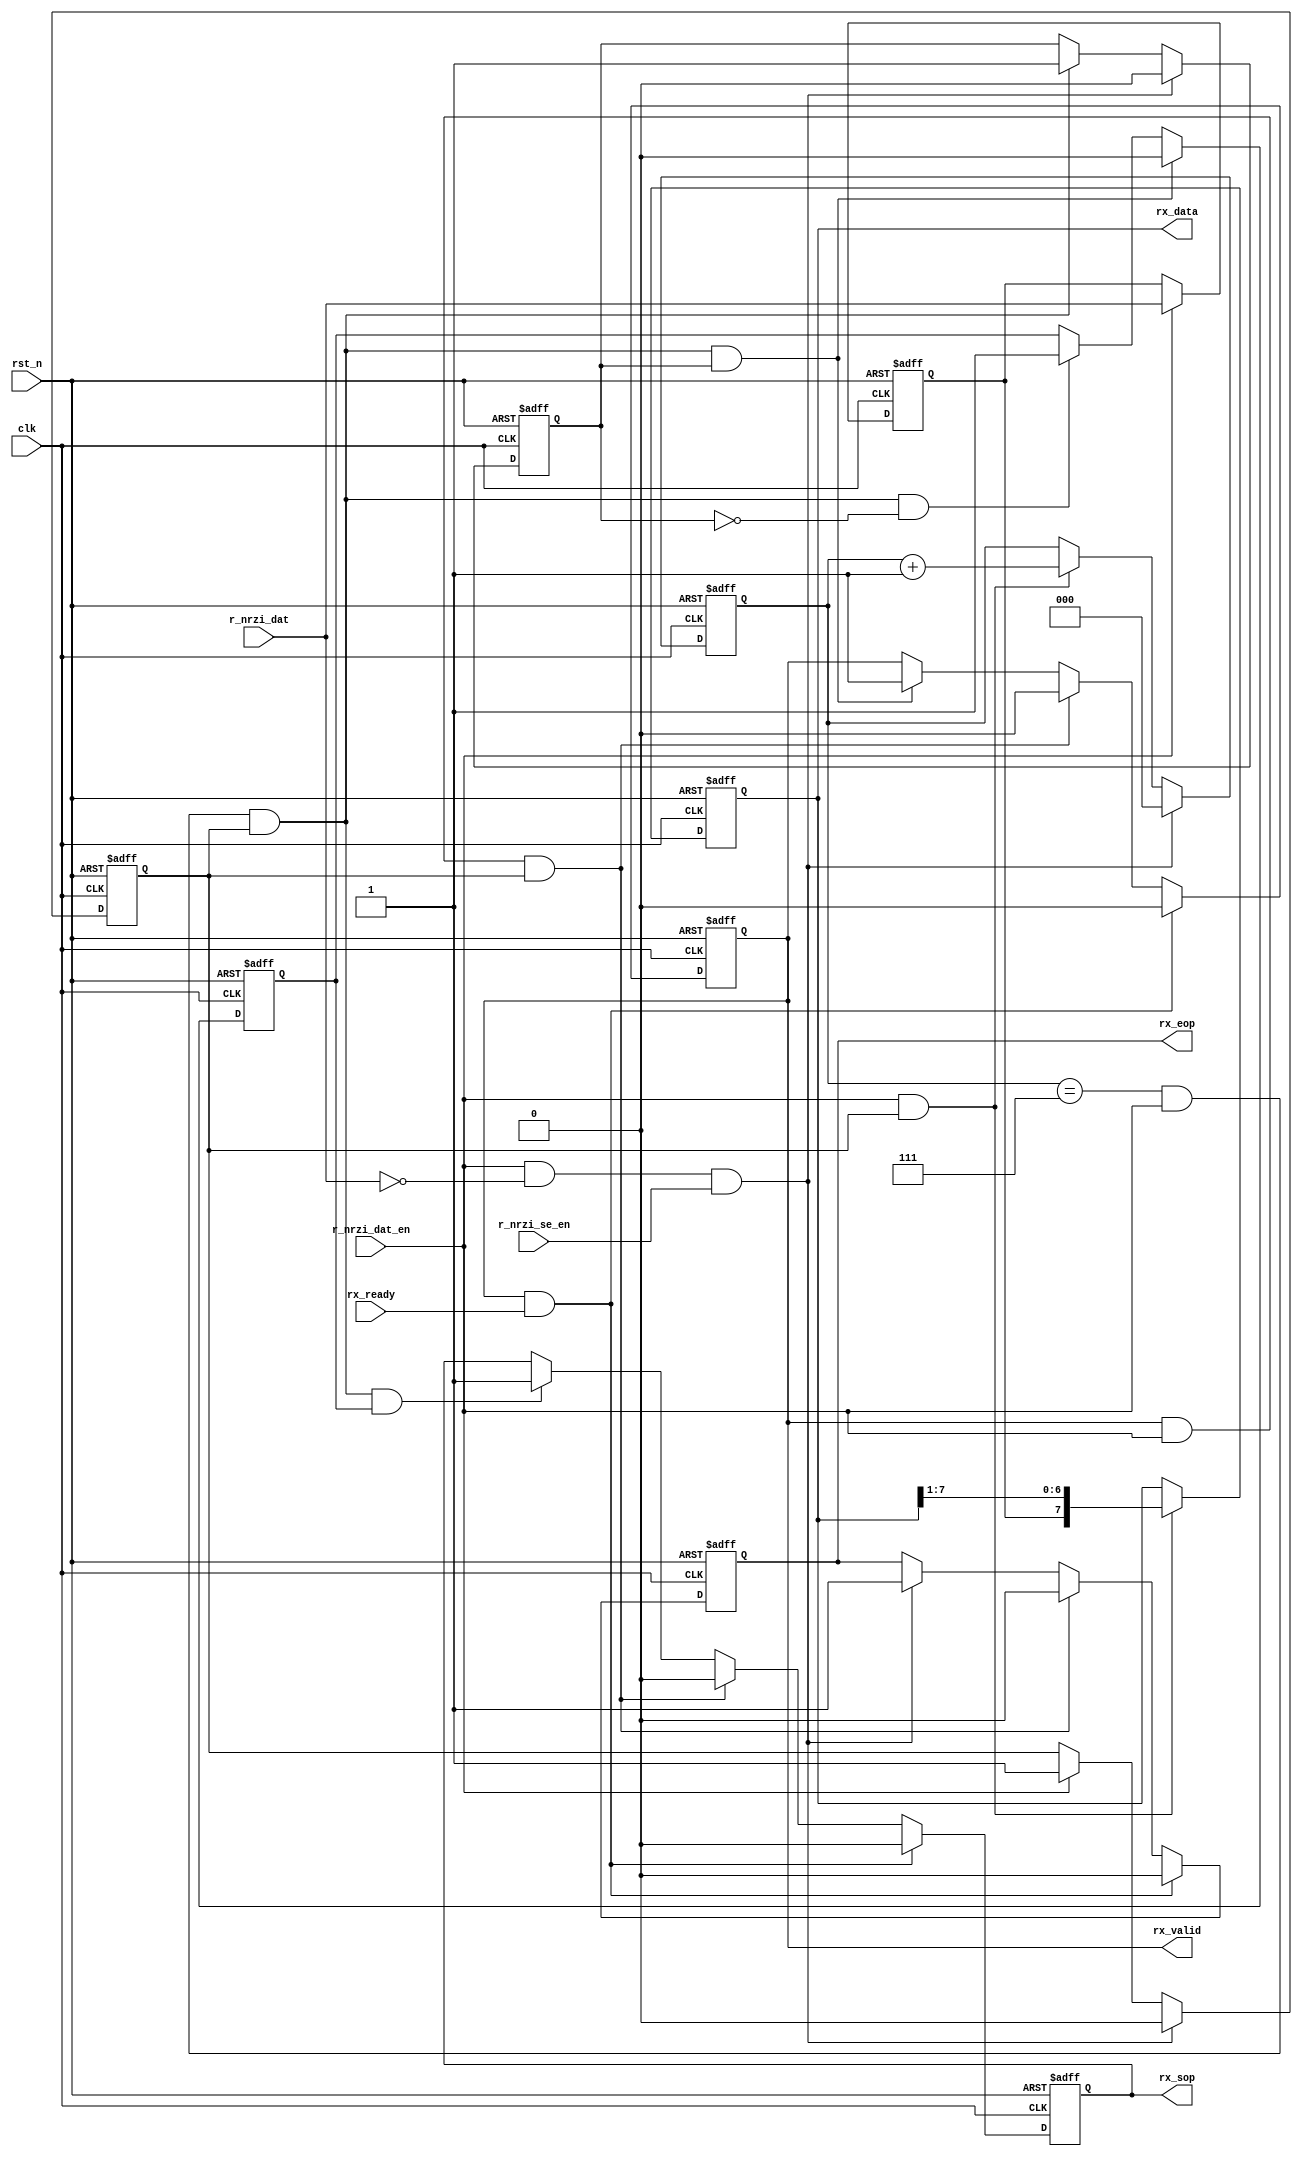
module phy_rx_s2p(
    input            clk          ,
    input            rst_n        ,

    input            r_nrzi_dat   ,
    input            r_nrzi_dat_en,
    input            r_nrzi_se_en ,

    output reg       rx_sop       ,
    output reg       rx_eop       ,
    output reg       rx_valid     ,
    input            rx_ready     ,
    output     [7:0] rx_data      
);

reg bit_buf_flag;
reg bit_buf     ;

reg [7:0] data_buf;
reg [2:0] bit_cnt ;

wire se0_flag ;
reg  sync_done;
reg  sop_flag ;

assign se0_flag = r_nrzi_dat_en && ~r_nrzi_dat && r_nrzi_se_en;

always@(posedge clk or negedge rst_n) begin
if(!rst_n)
    bit_buf <= 1'b0;
else if(r_nrzi_dat_en)    
    bit_buf <= r_nrzi_dat;
end

always@(posedge clk or negedge rst_n) begin
if(!rst_n)
    bit_buf_flag <= 1'b0;
else if(se0_flag)
    bit_buf_flag <= 1'b0;
else if(r_nrzi_dat_en)
    bit_buf_flag <= 1'b1;
end

always@(posedge clk or negedge rst_n) begin
if(!rst_n)
    data_buf <= 8'd0;
else if(r_nrzi_dat_en && bit_buf_flag)
    data_buf <= {bit_buf, data_buf[7:1]};
end

assign rx_data = data_buf;

always@(posedge clk or negedge rst_n) begin
if(!rst_n)
    bit_cnt <= 3'd0;
else if(se0_flag) //handle unexpected situation
    bit_cnt <= 3'd0;
else if(r_nrzi_dat_en && bit_buf_flag) 
    bit_cnt <= bit_cnt + 1'b1;
end

always@(posedge clk or negedge rst_n) begin
if(!rst_n)
    sync_done <= 1'b0;
else if(se0_flag)
    sync_done <= 1'b0;
else if(bit_cnt==3'd7 && r_nrzi_dat_en && bit_buf_flag)   
    sync_done <= 1'b1;
end

always@(posedge clk or negedge rst_n) begin
if(!rst_n)
    rx_valid <= 1'b0;
else if(rx_valid && rx_ready)
    rx_valid <= 1'b0;
else if(rx_valid && r_nrzi_dat_en && bit_buf_flag)
    rx_valid <= 1'b0;
else if(bit_cnt==3'd7 && r_nrzi_dat_en && bit_buf_flag && sync_done)  
    rx_valid <= 1'b1;
end

always@(posedge clk or negedge rst_n) begin
if(!rst_n)
    sop_flag <= 1'b0;
else if(bit_cnt==3'd7 && r_nrzi_dat_en && bit_buf_flag &&  sync_done)   
    sop_flag <= 1'b0;
else if(bit_cnt==3'd7 && r_nrzi_dat_en && bit_buf_flag && ~sync_done) 
    sop_flag <= 1'b1;
end

always@(posedge clk or negedge rst_n) begin
if(!rst_n)
    rx_sop <= 1'b0;
else if(rx_valid && rx_ready)
    rx_sop <= 1'b0;
else if(rx_valid && r_nrzi_dat_en && bit_buf_flag)    
    rx_sop <= 1'b0;
else if(bit_cnt==3'd7 && r_nrzi_dat_en && bit_buf_flag && sop_flag)   
    rx_sop <= 1'b1;
end

always@(posedge clk or negedge rst_n) begin
if(!rst_n)
    rx_eop <= 1'b0;
else if(rx_valid && rx_ready) 
    rx_eop <= 1'b0;
else if(rx_valid && r_nrzi_dat_en && bit_buf_flag)    
    rx_eop <= 1'b0;
else if(se0_flag)
    rx_eop <= 1'b1;
end

endmodule